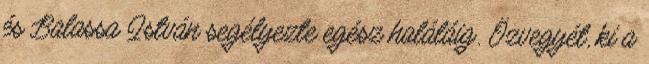
és Balassa István segélyezte egész haláláig. Özvegyét, ki a